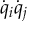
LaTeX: { \dot { q } } _ { i } { \dot { q } } _ { j }